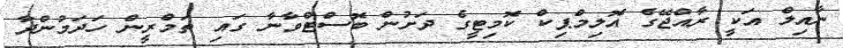
ނާއިލް އަކީ ރާއްޖޭގެ އޮލިމްޕިކް ކޮމިޓީގެ ދަށުން ބޮސްޓްވާނާ ގައި ތަމްރީން ހަދަމުންދާ